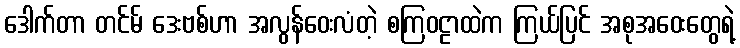
ဒေါက်တာ တင်မ် ဒေးဗစ်ဟာ အလွန်ဝေးလံတဲ့ စကြဝဠာထဲက ကြယ်ပြင် အစုအဝေးတွေရဲ့